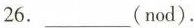
26.___(nod).